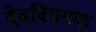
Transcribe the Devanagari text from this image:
देवविषयक